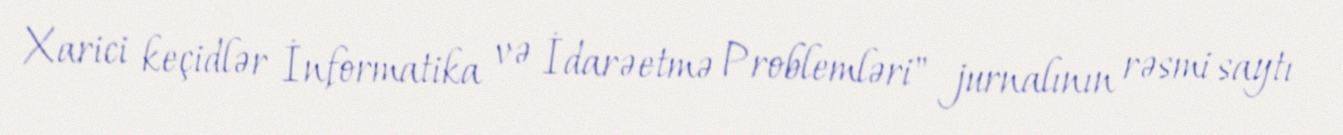
Xarici keçidlər İnformatika və İdarəetmə Problemləri" jurnalının rəsmi saytı